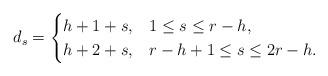
LaTeX: \begin{align*}d_s = \begin{cases} h+1+s, & 1 \leq s \leq r-h, \\h + 2+s, & r-h+1 \leq s \leq 2r-h. \end{cases}\end{align*}